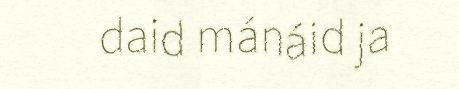
daid mánáid ja